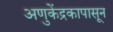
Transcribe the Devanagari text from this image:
अणुकेंद्रकापासून